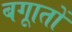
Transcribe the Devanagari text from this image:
बगाूतों